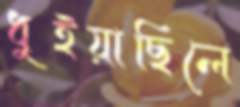
ধুইয়াছিলে